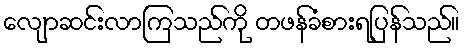
လျောဆင်းလာကြသည်ကို တဖန်ခံစားရပြန်သည်။